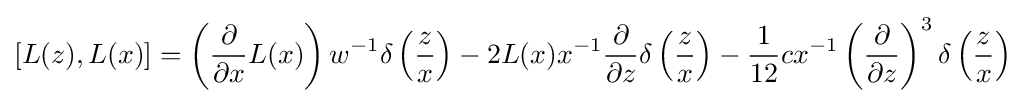
[L(z),L(x)]=\left({\frac {\partial }{\partial x}}L(x)\right)w^{-1}\delta \left({\frac {z}{x}}\right)-2L(x)x^{-1}{\frac {\partial }{\partial z}}\delta \left({\frac {z}{x}}\right)-{\frac {1}{12}}cx^{-1}\left({\frac {\partial }{\partial z}}\right)^{3}\delta \left({\frac {z}{x}}\right)